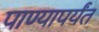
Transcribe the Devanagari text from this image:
पाण्यापर्यंत